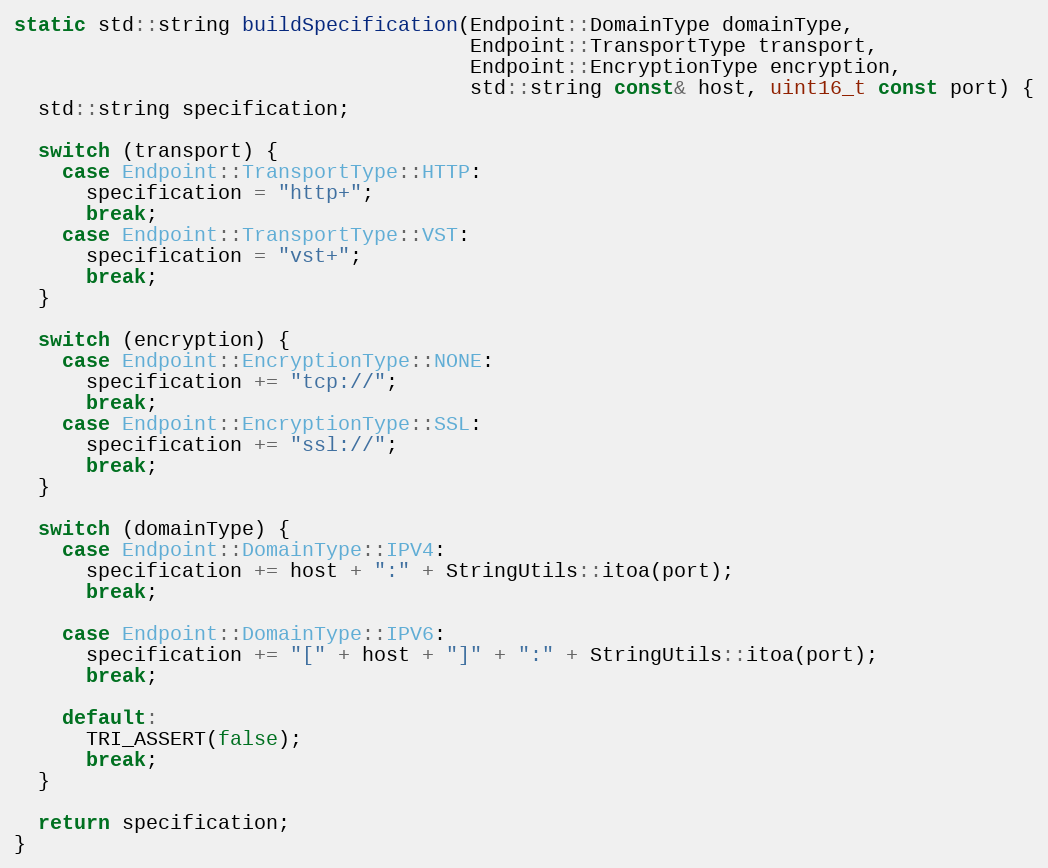
Language: C++
static std::string buildSpecification(Endpoint::DomainType domainType,
                                      Endpoint::TransportType transport,
                                      Endpoint::EncryptionType encryption,
                                      std::string const& host, uint16_t const port) {
  std::string specification;

  switch (transport) {
    case Endpoint::TransportType::HTTP:
      specification = "http+";
      break;
    case Endpoint::TransportType::VST:
      specification = "vst+";
      break;
  }

  switch (encryption) {
    case Endpoint::EncryptionType::NONE:
      specification += "tcp://";
      break;
    case Endpoint::EncryptionType::SSL:
      specification += "ssl://";
      break;
  }

  switch (domainType) {
    case Endpoint::DomainType::IPV4:
      specification += host + ":" + StringUtils::itoa(port);
      break;

    case Endpoint::DomainType::IPV6:
      specification += "[" + host + "]" + ":" + StringUtils::itoa(port);
      break;

    default:
      TRI_ASSERT(false);
      break;
  }

  return specification;
}